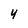
Character: 4